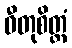
ဓီတုစိတ္တံ